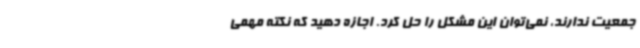
جمعیت ندارند، نمی‌توان این مشکل را حل کرد. اجازه دهید که نکته مهمی